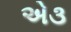
એ૩